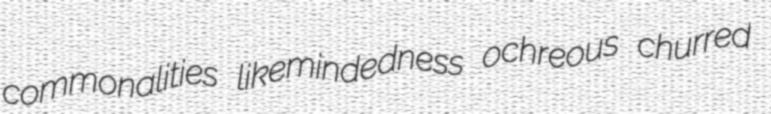
commonalities likemindedness ochreous churred